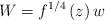
LaTeX: \begin{align*}W=f^{1/4}\left( z\right) w \end{align*}